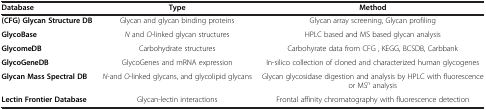
<table><thead><tr><td><b>Database</b></td><td><b>Type</b></td><td><b>Method</b></td></tr></thead><tbody><tr><td><b>(CFG) Glycan Structure DB</b></td><td>Glycan and glycan binding proteins</td><td>Glycan array screening, Glycan profiling</td></tr><tr><td><b>GlycoBase</b></td><td><i>N</i> and <i>O</i>-linked glycan structures</td><td>HPLC based and MS based glycan analysis</td></tr><tr><td><b>GlycomeDB</b></td><td>Carbohydrate structures</td><td>Carbohyrate data from CFG , KEGG, BCSDB, Carbbank</td></tr><tr><td><b>GlycoGeneDB</b></td><td>GlycoGenes and mRNA expression</td><td>In-silico collection of cloned and characterized human glycogenes</td></tr><tr><td><b>Glycan Mass Spectral DB</b></td><td><i>N</i>-and <i>O</i>-linked glycans, and glycolipid glycans</td><td>Glycan glycosidase digestion and analysis by HPLC with fluorescence or MS<sup>n</sup> analysis</td></tr><tr><td><b>Lectin Frontier Database</b></td><td>Glycan-lectin interactions</td><td>Frontal affinity chromatography with fluorescence detection</td></tr></tbody></table>